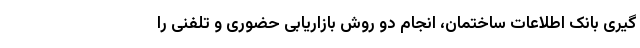
گیری بانک اطلاعات ساختمان، انجام دو روش بازاریابی حضوری و تلفنی را